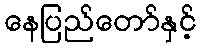
နေပြည်တော်နှင့်